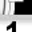
Digit: 1